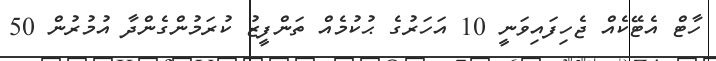
ހާޓް އެޓޭކެއް ޖެހިފައިވަނީ 10 އަހަރުގެ ޙުކުމެއް ތަންފީޒު ކުރަމުންގެންދާ އުމުރުން 50